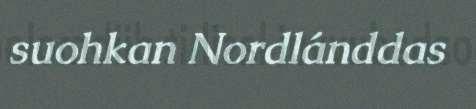
suohkan Nordlánddas